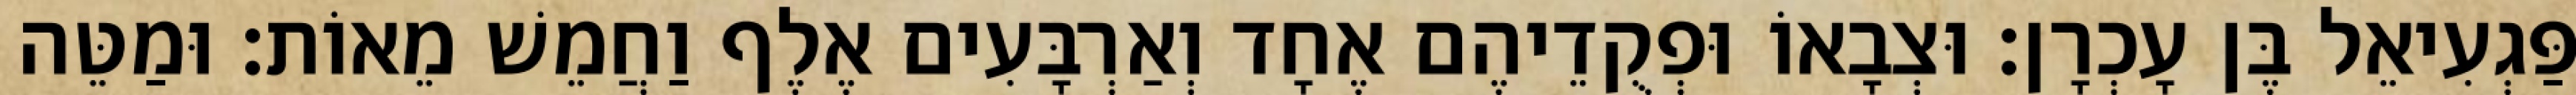
פַּגְעִיאֵל בֶּן עָכְרָן׃ וּצְבָאוֹ וּפְקֻדֵיהֶם אֶחָד וְאַרְבָּעִים אֶלֶף וַחֲמֵשׁ מֵאוֹת׃ וּמַטֵּה